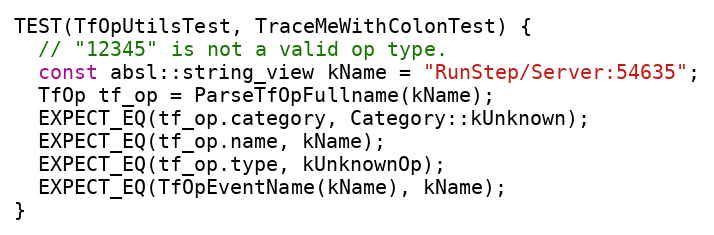
Language: C++
TEST(TfOpUtilsTest, TraceMeWithColonTest) {
  // "12345" is not a valid op type.
  const absl::string_view kName = "RunStep/Server:54635";
  TfOp tf_op = ParseTfOpFullname(kName);
  EXPECT_EQ(tf_op.category, Category::kUnknown);
  EXPECT_EQ(tf_op.name, kName);
  EXPECT_EQ(tf_op.type, kUnknownOp);
  EXPECT_EQ(TfOpEventName(kName), kName);
}